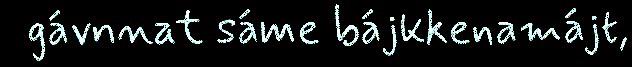
gávnnat sáme bájkkenamájt,